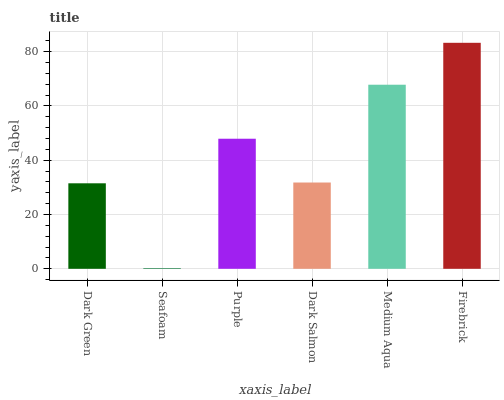
| xaxis_label | bars |
 | --- | --- |
 | Dark Green | 31.5 |
 | Seafoam | 0.281 |
 | Purple | 47.9 |
 | Dark Salmon | 31.8 |
 | Medium Aqua | 67.8 |
 | Firebrick | 83.3 |